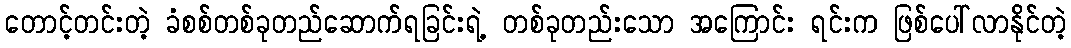
တောင့်တင်းတဲ့ ခံစစ်တစ်ခုတည်ဆောက်ရခြင်းရဲ့ တစ်ခုတည်းသော အကြောင်း ရင်းက ဖြစ်ပေါ်လာနိုင်တဲ့